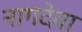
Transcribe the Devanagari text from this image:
नागदेवा